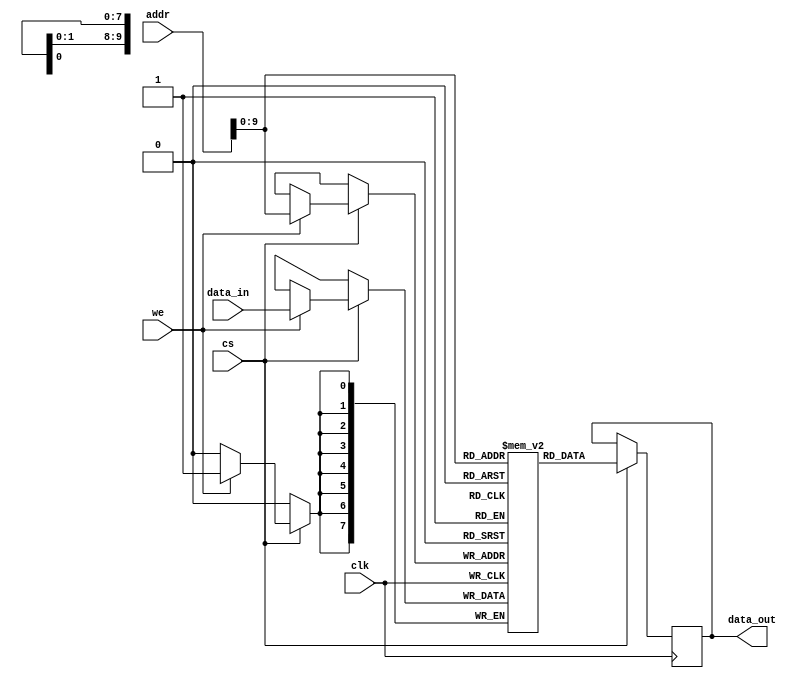
/* Copyright (c) 2018 Upi Tamminen, All rights reserved.
 * See the LICENSE file for more information */

module ram #(parameter
    ADDR_WIDTH = 16,
    DATA_WIDTH = 8,
    DEPTH = 1024)
(
    input wire clk,
    input wire cs,
    input wire [ADDR_WIDTH-1:0] addr, 
    input wire we,
    input wire [DATA_WIDTH-1:0] data_in,
    output reg [DATA_WIDTH-1:0] data_out 
);

reg [DATA_WIDTH-1:0] memory_array [0:DEPTH-1]; 

always @(posedge clk) begin
    if (cs) begin
        if (we) begin
            memory_array[addr] <= data_in;
        end
        data_out <= memory_array[addr];
    end
end

endmodule